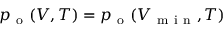
p _ { \mathrm { ~ o ~ } } ( V , T ) = p _ { \mathrm { ~ o ~ } } ( V _ { \mathrm { ~ m ~ i ~ n ~ } } , T )